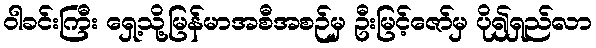
ဝါခင်းကြီး ရှေ့သို့မြန်မာအစီအစဉ်မှ ဦးမြင့်ဇော်မှ ပို၍ရှည်လာ